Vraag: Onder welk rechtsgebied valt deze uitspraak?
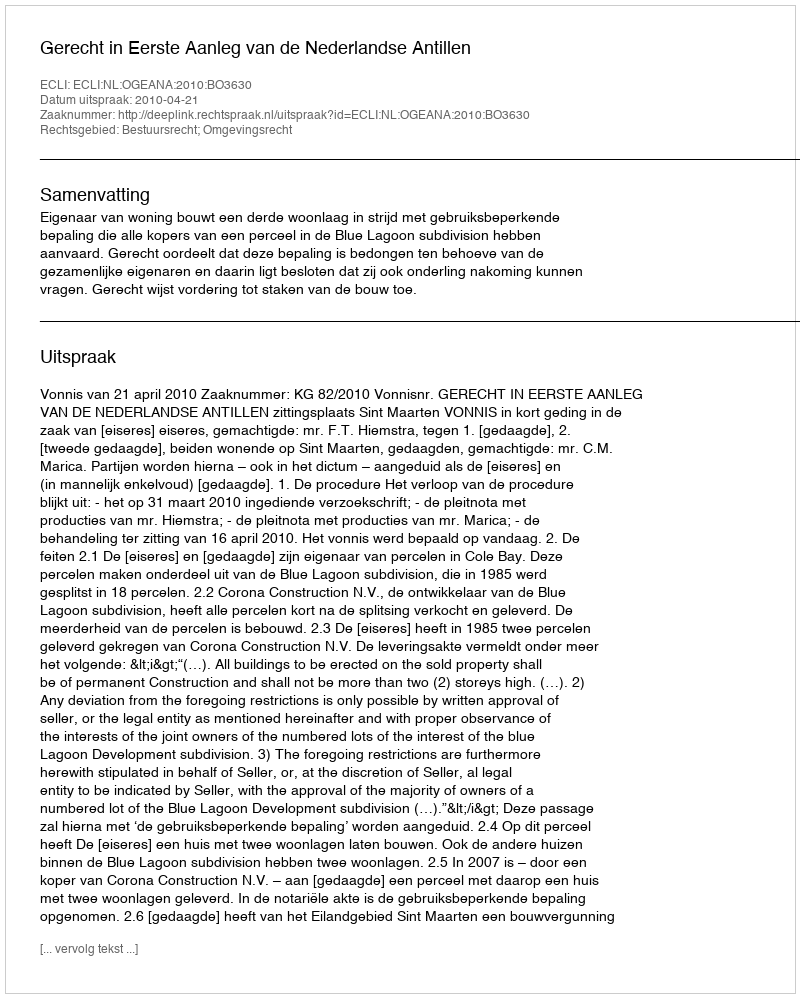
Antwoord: Bestuursrecht; Omgevingsrecht